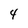
Character: 4